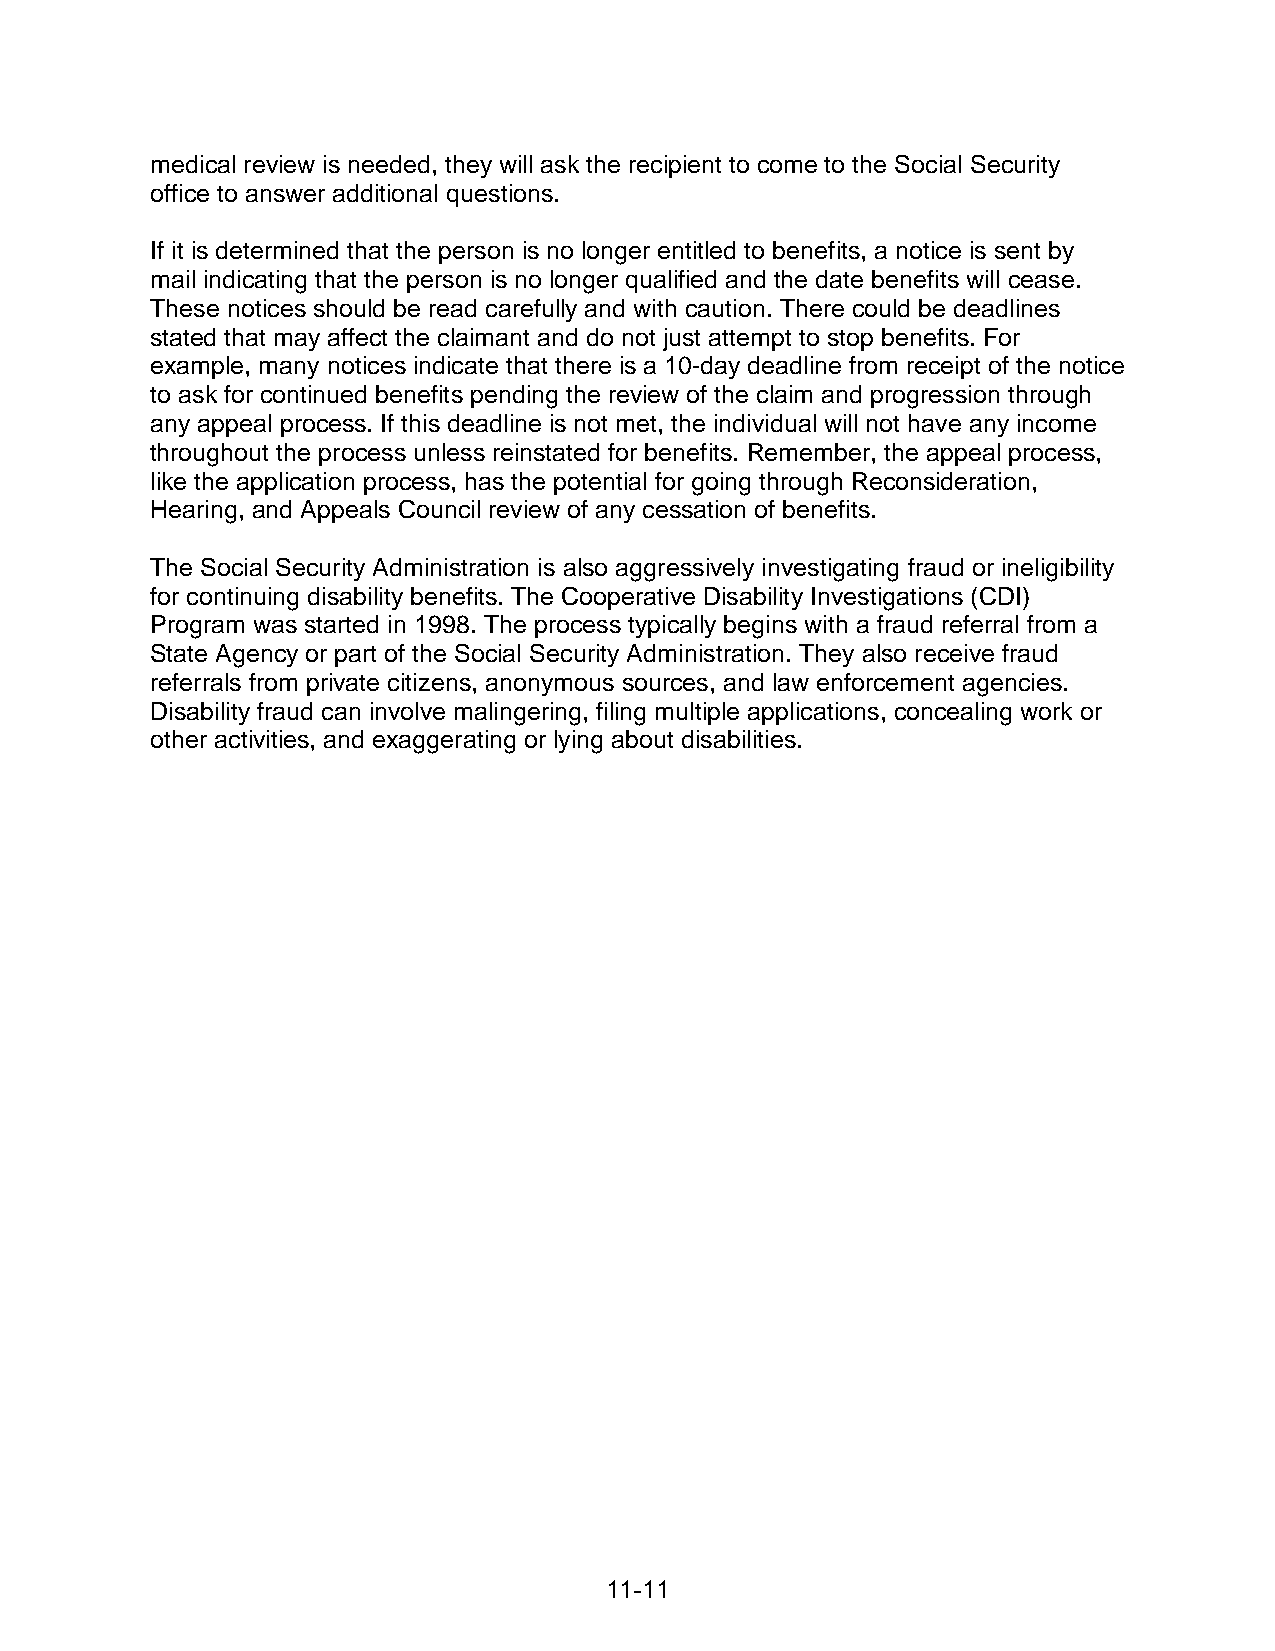
medical review is needed, they will ask the recipient to come to the Social Security
 office to answer additional questions.
 If it is determined that the person is no longer entitled to benefits, a notice is sent by
 mail indicating that the person is no longer qualified and the date benefits will cease.
 These notices should be read carefully and with caution. There could be deadlines
 stated that may affect the claimant and do not just attempt to stop benefits. For
 example, many notices indicate that there is a 10-day deadline from receipt of the notice
 to ask for continued benefits pending the review of the claim and progression through
 any appeal process. If this deadline is not met, the individual will not have any income
 throughout the process unless reinstated for benefits. Remember, the appeal process,
 like the application process, has the potential for going through Reconsideration,
 Hearing, and Appeals Council review of any cessation of benefits.
 The Social Security Administration is also aggressively investigating fraud or ineligibility
 for continuing disability benefits. The Cooperative Disability Investigations (CDI)
 Program was started in 1998. The process typically begins with a fraud referral from a
 State Agency or part of the Social Security Administration. They also receive fraud
 referrals from private citizens, anonymous sources, and law enforcement agencies.
 Disability fraud can involve malingering, filing multiple applications, concealing work or
 other activities, and exaggerating or lying about disabilities.
 11-11